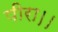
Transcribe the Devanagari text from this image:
पीरा।।